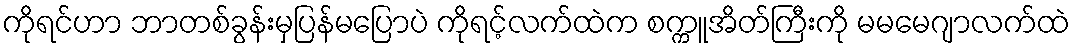
ကိုရင်ဟာ ဘာတစ်ခွန်းမှပြန်မပြောပဲ ကိုရင့်လက်ထဲက စက္ကူအိတ်ကြီးကို မမမေဂျာလက်ထဲ